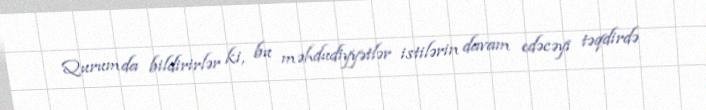
Qurumda bildirirlər ki, bu məhdudiyyətlər istilərin davam edəcəyi təqdirdə